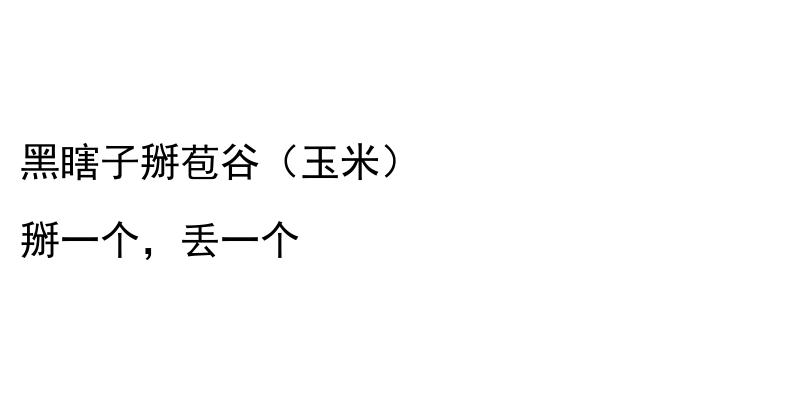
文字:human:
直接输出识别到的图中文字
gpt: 黑瞎子掰苞谷（玉米） 掰一个，丢一个